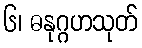
၆၊ ဓနုဂ္ဂဟသုတ်